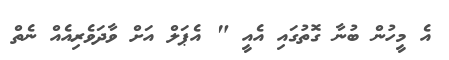
އެ މީހުން ބުނާ ގޮތުގައި އެއީ " އެޕަލް އަށް ވާދަވެރިއެއް ނެތް